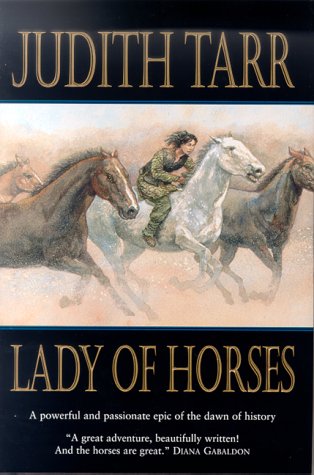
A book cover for Lady of Horses; Judith Tarr; Romance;